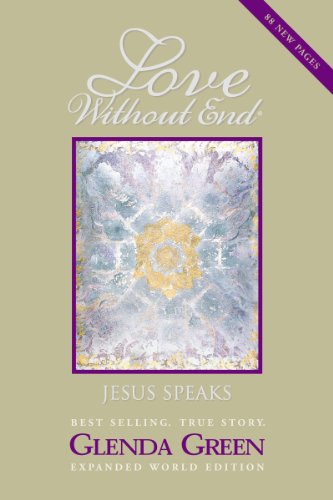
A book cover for Love Without End: Jesus Speaks...; Glenda Green; Christian Books & Bibles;